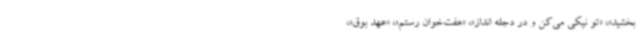
بخشید»، «تو نیکی می‌کن و در دجله انداز»، «هفت‌خوان رستم»، «عهد بوق»،